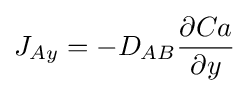
J_{Ay}=-D_{AB}{\frac {\partial Ca}{\partial y}}